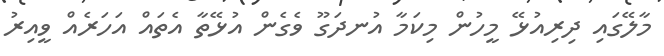
މާލޭގައި ދިރިއުޅޭ މީހުން މިކަމާ އުނދަގޫ ވެގެން އުޅޭތާ އެތައް އަހަރެއް ވީއިރު